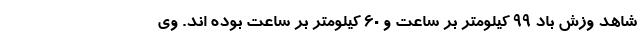
شاهد وزش باد ۹۹ کیلومتر بر ساعت و ۶۰ کیلومتر بر ساعت بوده اند. وی